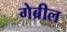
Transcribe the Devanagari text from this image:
गेब्रील